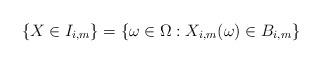
LaTeX: \begin{align*}\{X \in I_{i,m}\} = \{\omega \in \Omega: X_{i,m}(\omega) \in B_{i,m}\}\end{align*}